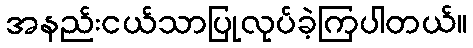
အနည်းငယ်သာပြုလုပ်ခဲ့ကြပါတယ်။